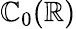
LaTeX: \mathbb{C}_{0}(\mathbb{{R}})